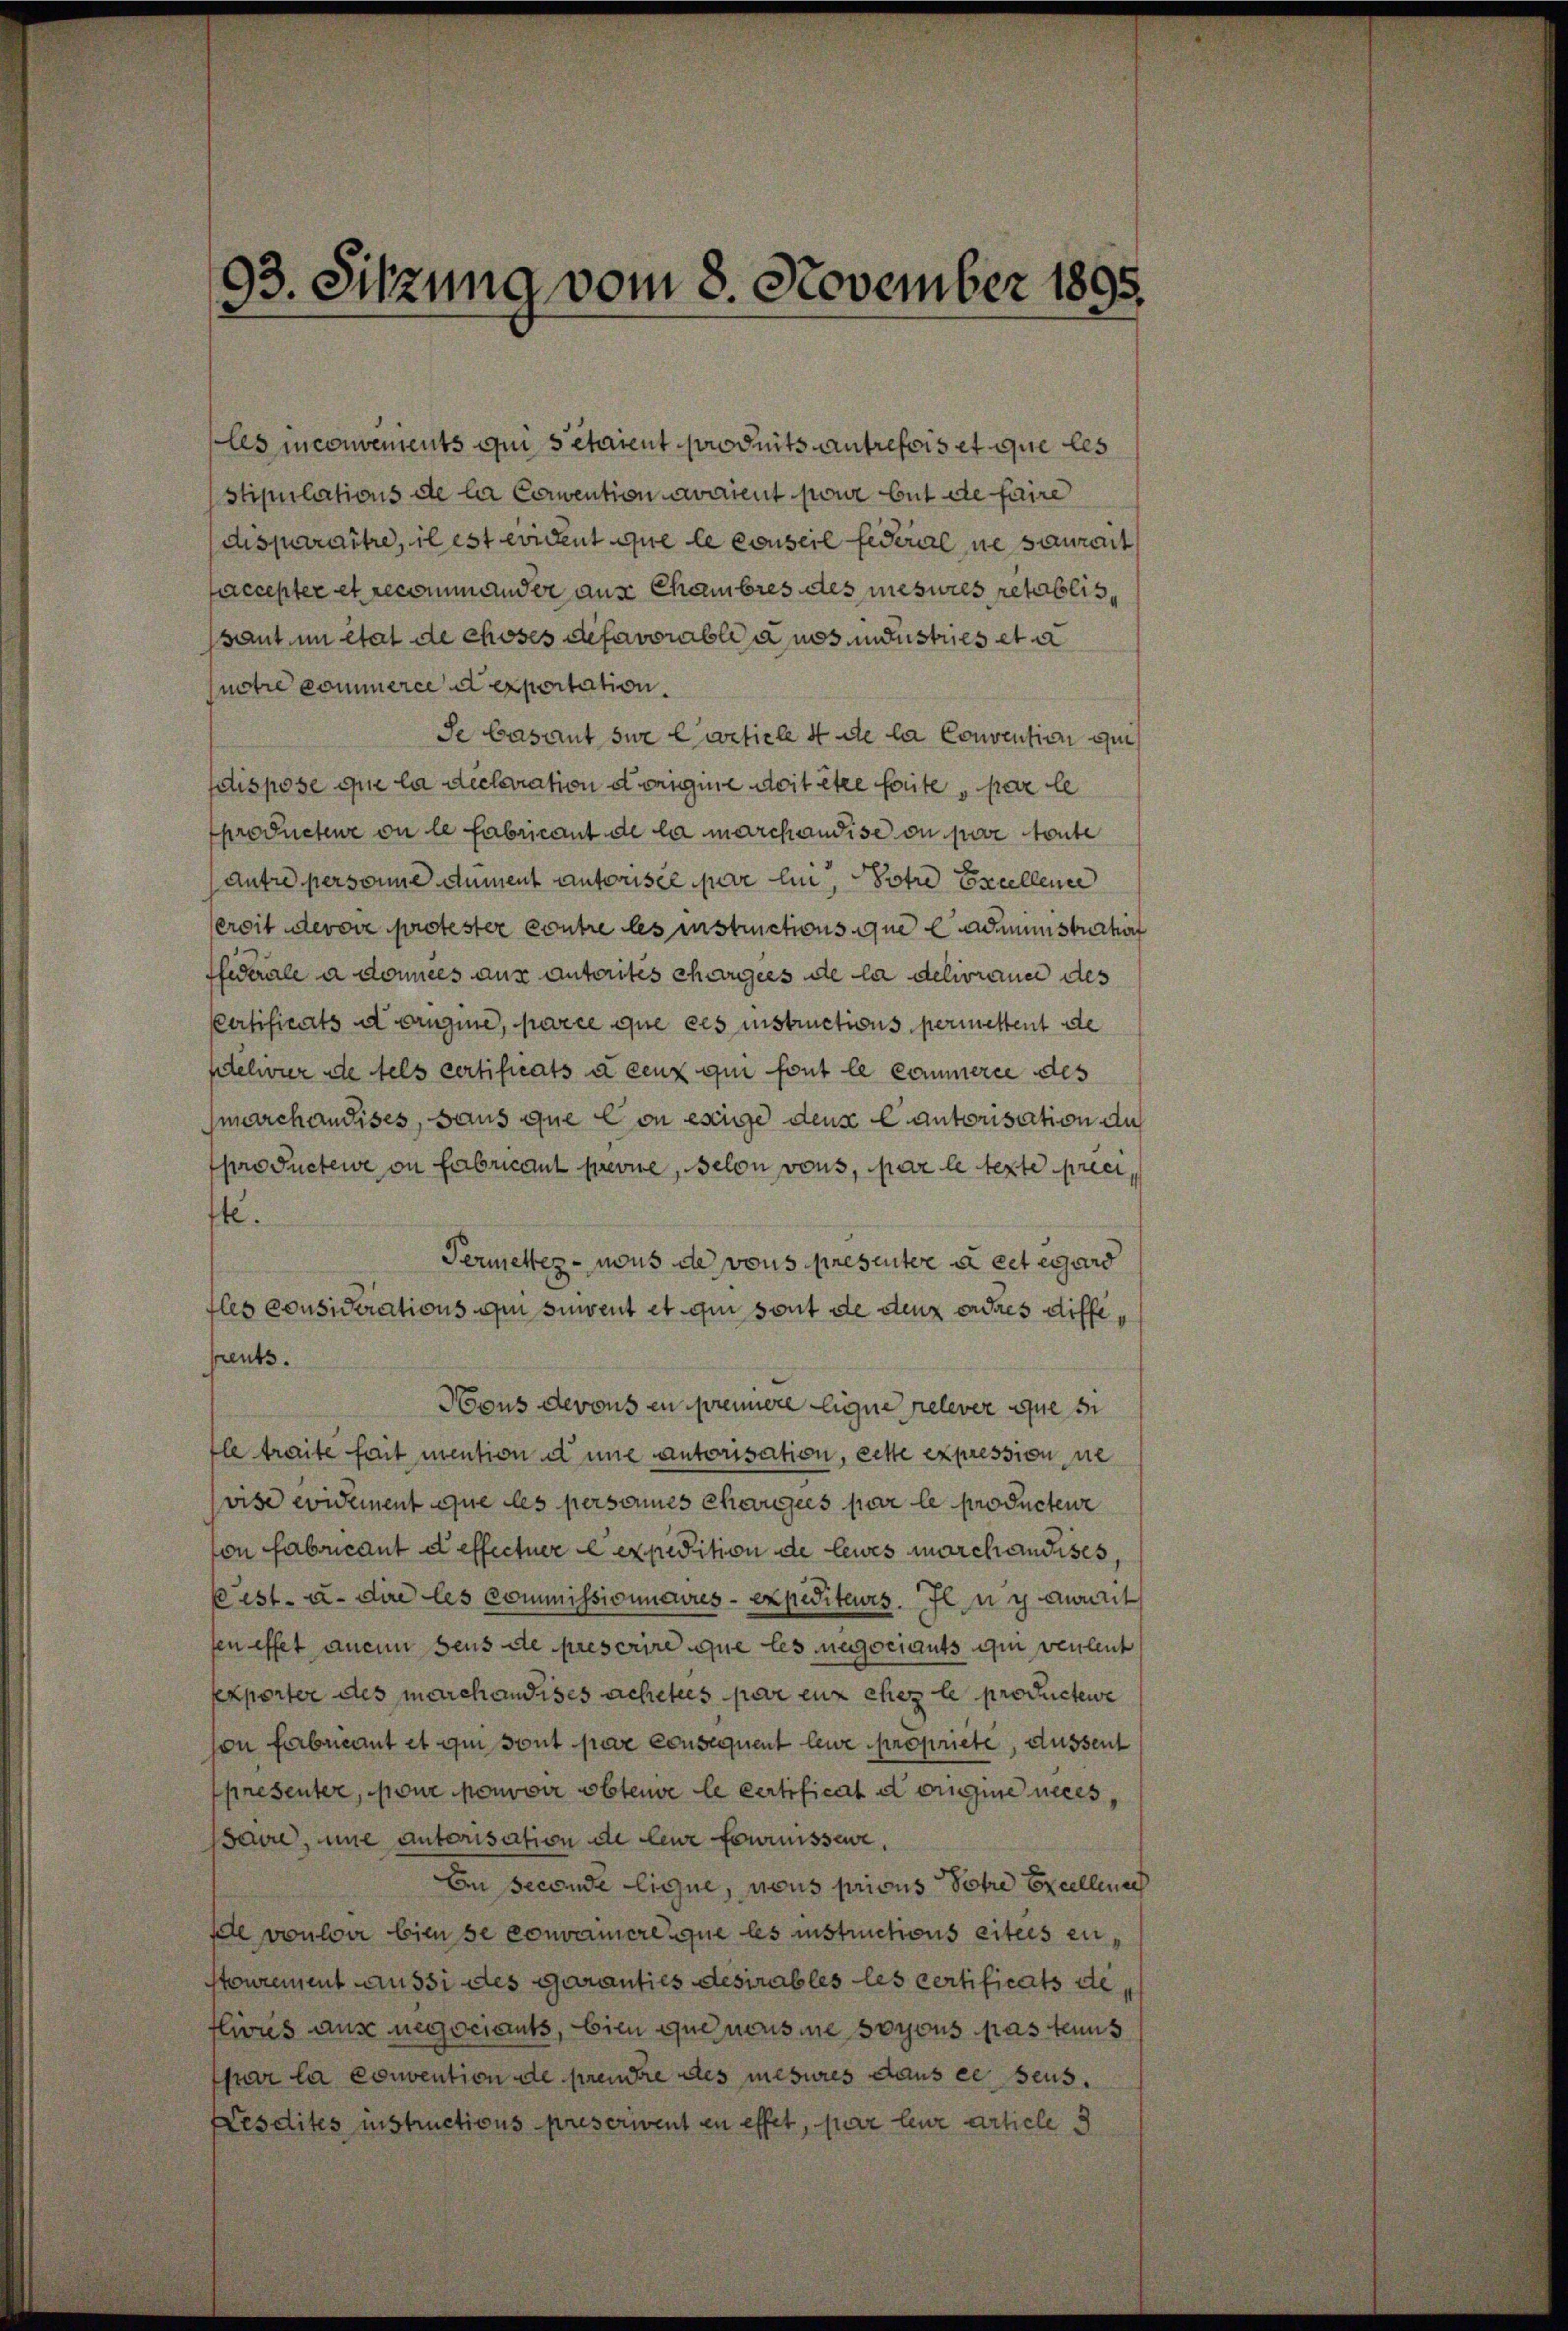
stipulations de la Convention avaient pour but de faire
disparaître, il est evident que le conseil federal ne saurait
accepter et recommander aus Chambres des mesures petablis
sant um etat de choses defavorable a nos industries et a
notre commerce a exportation.
Je basant sie Carticle 4 de la Convention qui
dispose que la declaration dreignie doit être faute, par le
productene ou le fabricant de la marchandise ou pare toute
Antre personne dument autorisée par lui, Potre Excellence
eroit devove protester contre les instructions que administrator
ffederale a domices aus autorites charges de la delivrance des
Certificats et origine, parce que ces instructions permettent de
telivier de tels certificats à ceux qui font le commerce des
marchandises, sans que con exige dens Cantorisation du
productewe on fabricant prevue, selon vous, par le texte preci,
fte.
Vermetter - nous de vous presentere à cet égard
fles considerations qui survent et qui sont de denn erdres diffe,
prents.
Hous devous en prennere ligne relever que si
tle traite fait mention d une autorisation, cette expression ne
vise evidement que les personnes chargées par le producteur
von fabricant deffectuer expedition de leurs marchandises
kest- u. dire les commissionnaires expediteurs. Il u ich marit
sen effet anein dens de prescrire que les negociants qui verleut
Exporter des marchandises achettes par eux chez le productewe
von Fabricant et qui sont par consequent lene propriete, äussent
presenter, pour pouvoir obtenve le certificata origine neces
aire, nie autorisation de leur fournisser,
An seconde ligne, nous prisus Potre Excellenach
de vouloir bien se consamere que les instructions eitees ein¬
Stourement aussi des Garanties desirables les certificats de
flivres aus negociants, bien que nousine soyous pas tenus
par la convention de prendre des mesures dans ce seus.
Fesdites instructions preserwent en effet, par leur article 3

93. Sitzung vom 8. November 1895.

les inconvements qui s’étaient produits antrefois et que les